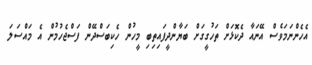
އެހެންނަމަވެސް އޭނައާ ދެކޮޅަށް ތަހުގީގަށް ބަޔާންދީފައިތިބި މީހުން ހެކިބަސްދޭން ފަސްޖެހުމުން އެ މައްސަލަ